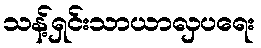
သန့်ရှင်းသာယာလှပရေး